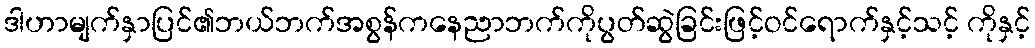
ဒါဟာမျက်နှာပြင်၏ဘယ်ဘက်အစွန်ကနေညာဘက်ကိုပွတ်ဆွဲခြင်းဖြင့်ဝင်ရောက်နှင့်သင့် ကိုနှင့်